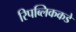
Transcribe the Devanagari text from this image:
रिपब्लिककडे